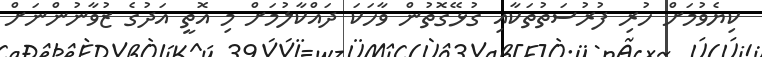
ކިޔެވުމަށް ހުރި ފުރުސަތުތަކާއި ގުޅޭގޮތުން ވާހަކަ ދައްކާލުމަށް މި އޮތީ އަދުގެ ޒުވާނުންނަށް